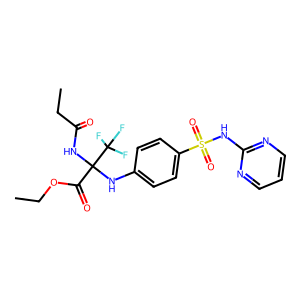
SMILES: CCOC(=O)C(NC(=O)CC)(Nc1ccc(S(=O)(=O)Nc2ncccn2)cc1)C(F)(F)F
Inhibits HIV replication: No